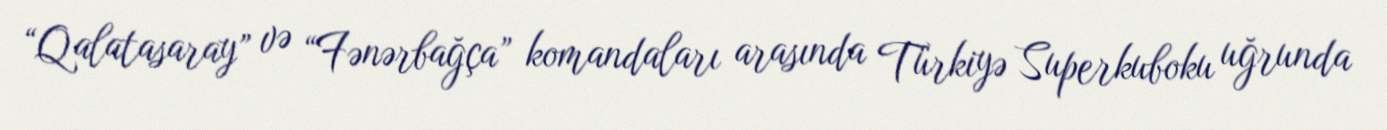
“Qalatasaray” və “Fənərbağça” komandaları arasında Türkiyə Superkuboku uğrunda